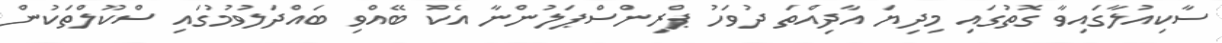
ސާކިއުލާގައިވާ ގޮތުގައި މިދިޔަ އާދިއްތަ ދުވަހު ޕްރިންސްޕަލުންނާ އެކު ބޭއްވި ބައްދަލުވުމުގައި ސްކޫލްތަކުން